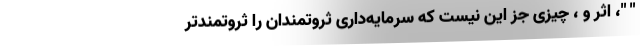
" "، اثر و ، چیزی جز این نیست که سرمایه‌داری ثروتمندان را ثروتمندتر